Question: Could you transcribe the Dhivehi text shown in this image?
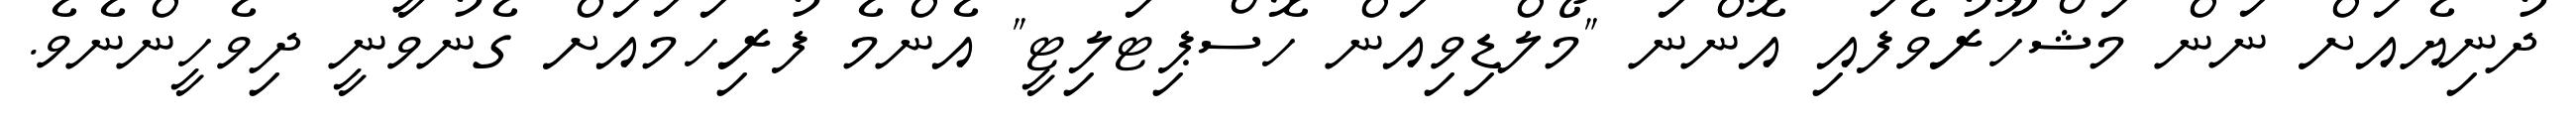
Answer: ދުނިޔެއަށް ނަން މަޝްހޫރުވެފައި އޮންނަ "މޯލްޑިވިއަން ހޮސްޕިޓަލިޓީ" އެންމެ ފުރިހަމައަށް ގެނުވާނީ ދިވެހީންނެވެ.